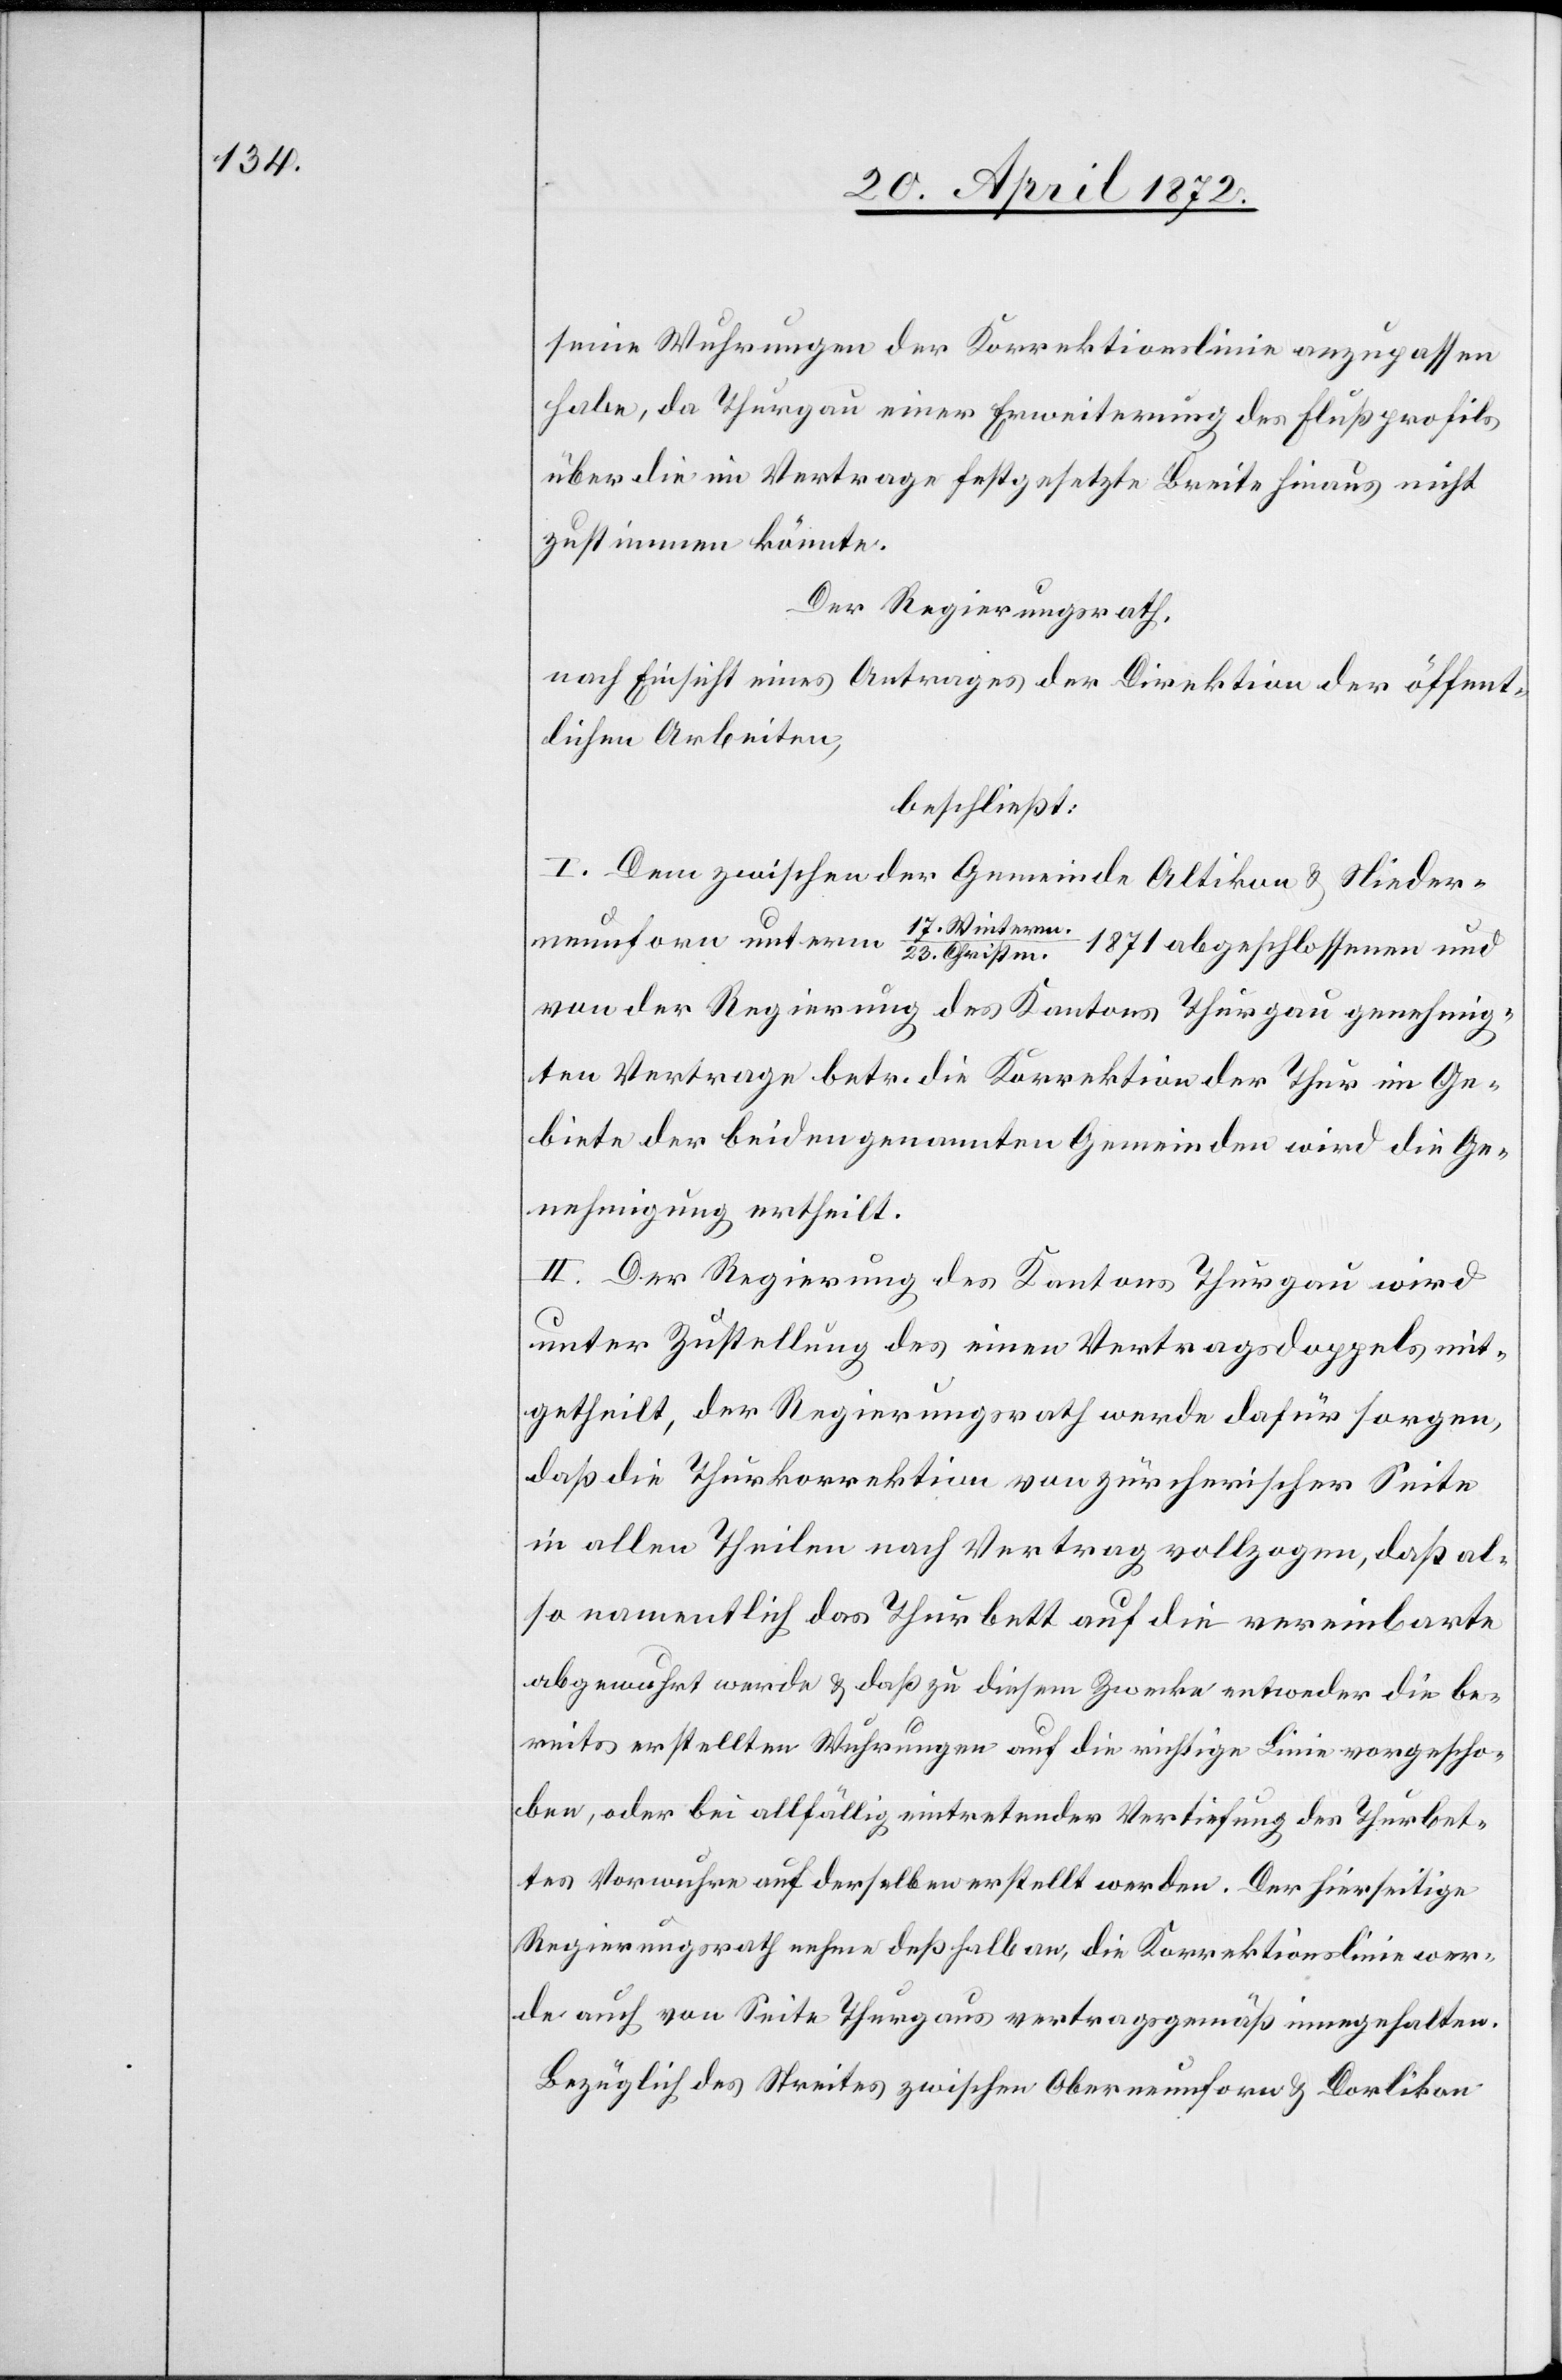
seine Wuhrungen der Korrektionslinie anzupassen
habe, da Thurgau einer Erweiterung des Flußprofils
über die im Vertrage festgesetzte Breite hinaus nicht
zustimmen könnte.
Der Regierungsrath,
nach Einsicht eines Antrages der Direktion der öffent¬
lichen Arbeiten,
beschließt:
I. Dem zwischen der Gemeinde Altikon u. Nieder¬
17. Winter¬
neunforn unterm
m./23. Christm. 1871 abgeschlossenen und
von der Regierung des Kantons Thurgau genehmig¬
ten Vertrage betr. die Korrektion der Thur im Ge¬
biete der beiden genannten Gemeinden wird die Ge¬
nehmigung ertheilt.
II. Der Regierung des Kantons Thurgau wird
unter Zustellung des einen Vertragsdoppels mit¬
getheilt, der Regierungsrath werde dafür sorgen,
daß die Thurkorrektion von zürcherischer Seite
in allen Theilen nach Vertrag vollzogen, daß al¬
so namentlich das Thurbett auf die vereinbarte
abgewuhrt werde [sic!] u. daß zu diesem Zwecke entweder die be¬
reits erstellten Wuhrungen auf die richtige Linie vorgescho¬
ben, oder bei allfällig eintretender Vertiefung des Thurbet¬
tes Vorwuhre auf derselben erstellt werden. Der hierseitige
Regierungsrath nehme deßhalb an, die Korrektionslinie wer¬
de auch von Seite Thurgaus vertragsgemäß innegehalten.
Bezüglich des Streites zwischen Oberneunforn u. Dorlikon